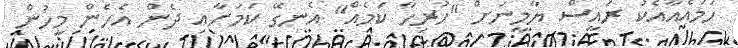
ހަމައެއާއެކު ރައީސް ޔާމީނަށް "ހުރިހާ ކަމެއް" އެނގޭ ކަމަށާއި ދެން އެހެން މީހުން